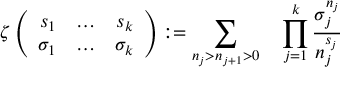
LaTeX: \zeta \left( \begin{array} { r c r } { { s _ { 1 } } } & { { \ldots } } & { { s _ { k } } } \\ { { \sigma _ { 1 } } } & { { \ldots } } & { { \sigma _ { k } } } \end{array} \right) : = \sum _ { n _ { j } > n _ { j + 1 } > 0 } \quad \prod _ { j = 1 } ^ { k } \frac { \sigma _ { j } ^ { n _ { j } } } { n _ { j } ^ { s _ { j } } }